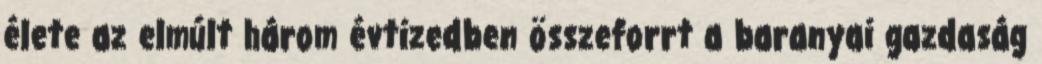
élete az elmúlt három évtizedben összeforrt a baranyai gazdaság